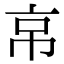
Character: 𢂋